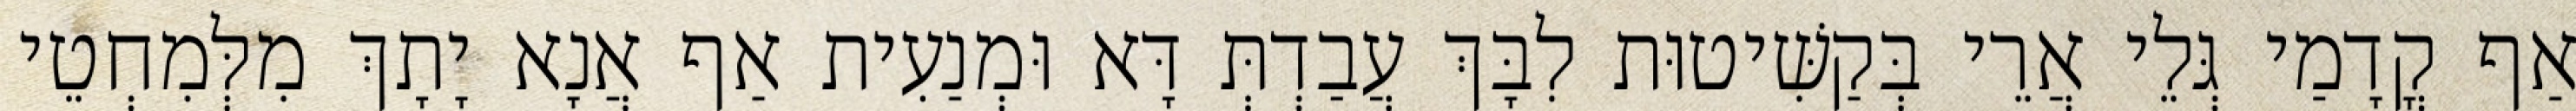
אַף קֳדָמַי גְּלֵי אֲרֵי בְּקַשִּׁיטוּת לִבָּךְ עֲבַדְתְּ דָּא וּמְנַעִית אַף אֲנָא יָתָךְ מִלְּמִחְטֵי